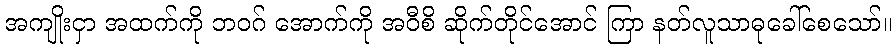
အကျိုးငှာ အထက်ကို ဘဝဂ် အောက်ကို အဝီစိ ဆိုက်တိုင်အောင် ကြာ နတ်လူသာဓုခေါ်စေသော်။